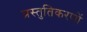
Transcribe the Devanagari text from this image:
प्रस्तुतिकरणों